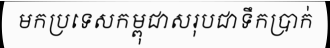
មកប្រទេសកម្ពុជាសរុបជាទឹកប្រាក់